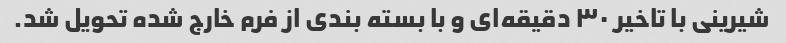
شیرینی با تاخیر ۳۰ دقیقه‌ای و با بسته بندی از فرم خارج شده تحویل شد.